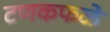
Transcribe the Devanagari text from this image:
टणकफळे